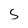
Character: 5